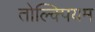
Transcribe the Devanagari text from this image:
तोल्क्पियम